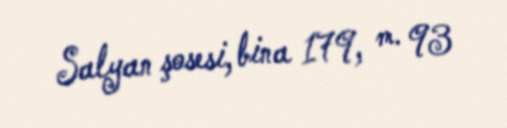
Salyan şosesi, bina 179, m. 93